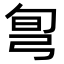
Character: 𢏔